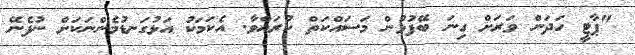
"ޕާޓީ ހަދަން ވަރަށް ގިނަ ބޭފުޅުން މަސައްކަތް ކުރައްވާ. އެކަމަކު އަޅުގަނޑުމެންނަކަށް ނުފެނޭ